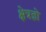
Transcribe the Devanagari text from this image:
क्षेत्रज्ञो